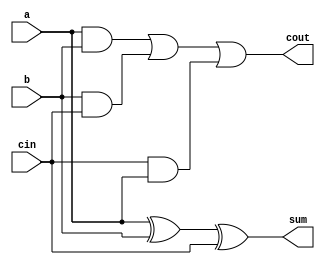
module full_add(cout,sum,a,b,cin);

	input a,b,cin;
	output cout,sum;

	wire c1,c2,c3;

	//carry-bit
	and(c1,a,b);
	and(c2,b,cin);
	and(c3,cin,a);
	or(cout,c1,c2,c3);

	//sum bit
	xor(sum,a,b,cin);

	//assign cout = a&b | b&cin | cin&a;
	//assign sum = a^b^cin;
endmodule